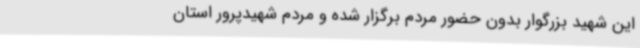
این شهید بزرگوار بدون حضور مردم برگزار شده و مردم شهیدپرور استان